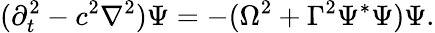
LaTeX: (\partial_{t}^{2}-c^{2}\nabla^{2})\Psi=-(\Omega^{2}+\Gamma^{2}\Psi^{*}\Psi)\Psi.